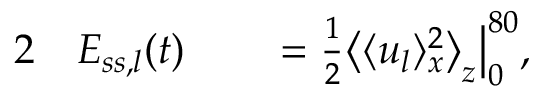
\begin{array} { r l r l } { { 2 } } & { { } E _ { s s , l } ( t ) } & { } & { { } = \frac { 1 } { 2 } \big \langle \langle u _ { l } \rangle _ { x } ^ { 2 } \big \rangle _ { z } \big | _ { 0 } ^ { 8 0 } , } \end{array}